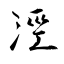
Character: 涇